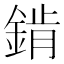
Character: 錹